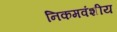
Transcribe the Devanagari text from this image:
निकमवंशीय